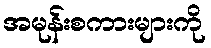
အမုန်းစကားများကို